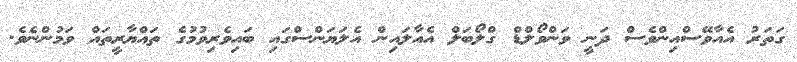
ގަތަރު އެއާވޭސްއިންވެސް ދަނީ ވަންވޯލްޑް ގްލޯބަލް އެއާލައިން އެލަޔަންސްގައި ބައިވެރިވުމުގެ ތައްޔާރީތައް ވަމުންނެވެ.